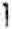
1